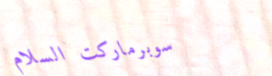
سوبرماركت السلام